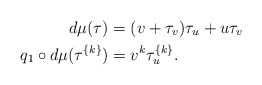
\begin{align*} d\mu (\tau) &= (v +\tau_v )\tau_u + u\tau_v \\ q_1\circ d\mu (\tau^{\{k\}}) &= v^k \tau_u^{\{k\}}.\end{align*}